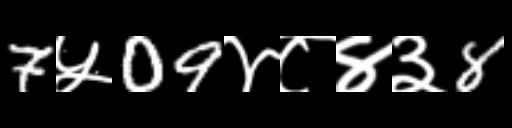
Text: 7५09४८४३8